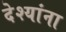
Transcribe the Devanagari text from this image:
देश्यांना